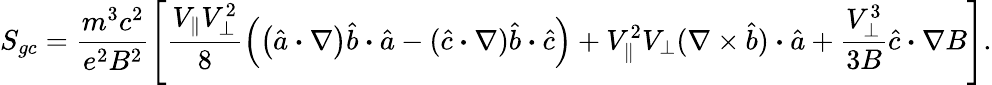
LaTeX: S_{gc}=\frac{m^{3}c^{2}}{e^{2}B^{2}}\left[\frac{V_{\parallel}V_{\perp}^{2}}{8}\left(\left(\hat{a}\boldsymbol{\cdot}\nabla\right)\hat{b}\boldsymbol{\cdot}\hat{a}-(\hat{c}\boldsymbol{\cdot}\nabla)\hat{b}\boldsymbol{\cdot}\hat{c}\right)+V_{\parallel}^{2}V_{\perp}(\nabla\times\hat{b})\boldsymbol{\cdot}\hat{a}+\frac{V_{\perp}^{3}}{3B}\hat{c}\boldsymbol{\cdot}\nabla B\right].